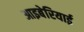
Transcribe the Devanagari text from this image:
आइबेरियाई